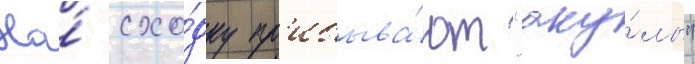
На́ схо́дку пр'ибыва́ют "аку́лы"